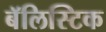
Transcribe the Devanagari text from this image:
बॅलिस्टिक